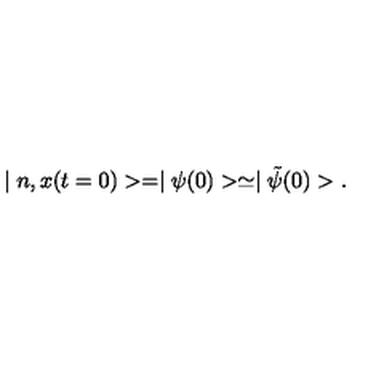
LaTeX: \mid n , x ( t = 0 ) > = \mid \psi ( 0 ) > \simeq \mid \tilde { \psi } ( 0 ) > .